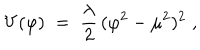
LaTeX: V ( \varphi ) \; = \; \frac { \lambda } { 2 } \, ( \varphi ^ { 2 } - \mu ^ { 2 } ) ^ { 2 } \; ,